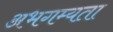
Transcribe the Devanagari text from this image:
अभगम्यता